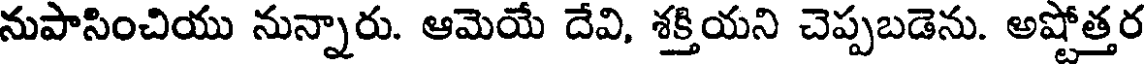
నుపాసించియు నున్నారు. ఆమెయే దేవి, శక్తియని చెప్పబడెను. అష్టోత్తర